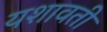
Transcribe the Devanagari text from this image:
यशावती